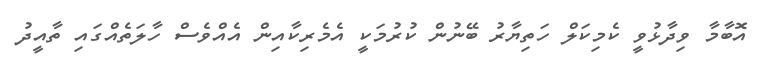
އޮބާމާ ވިދާޅުވީ ކެމިކަލް ހަތިޔާރު ބޭނުން ކުރުމަކީ އެމެރިކާއިން އެއްވެސް ހާލަތެއްގައި ތާއީދު